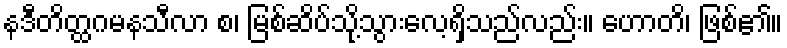
နဒီတိတ္ထဂမနသီလာ စ၊ မြစ်ဆိပ်သို့သွားလေ့ရှိသည်လည်း။ ဟောတိ၊ ဖြစ်၏။